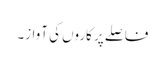
فاصلے پر کاروں کی آواز۔